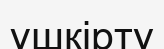
үшкірту